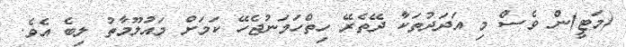
(މަޓީ)ން ވެސް މި އަދަދުތަކާ ދޭތެރޭ ހިތްހަމަނުޖެހޭ ކަމަށް މައުލޫމާތު ލިބެ އެވެ.